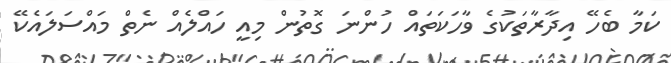
ކަމާ ބެހޭ އިދާރާތަކުގެ ވާހަކަތައް ހުންނަ ގޮތުން މިއީ ހައްލެއް ނެތް މައްސަލައެކޭ